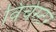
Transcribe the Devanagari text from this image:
विंचेस्‍टर